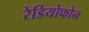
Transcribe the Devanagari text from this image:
रेडियोफोन